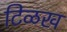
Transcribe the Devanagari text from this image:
टिळख